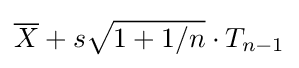
{\overline {X}}+s{\sqrt {1+1/n}}\cdot T_{n-1}